Indian journal of veterinary science and animal husbandry - Volumes 26-27, 1956-1957
Year: 1956
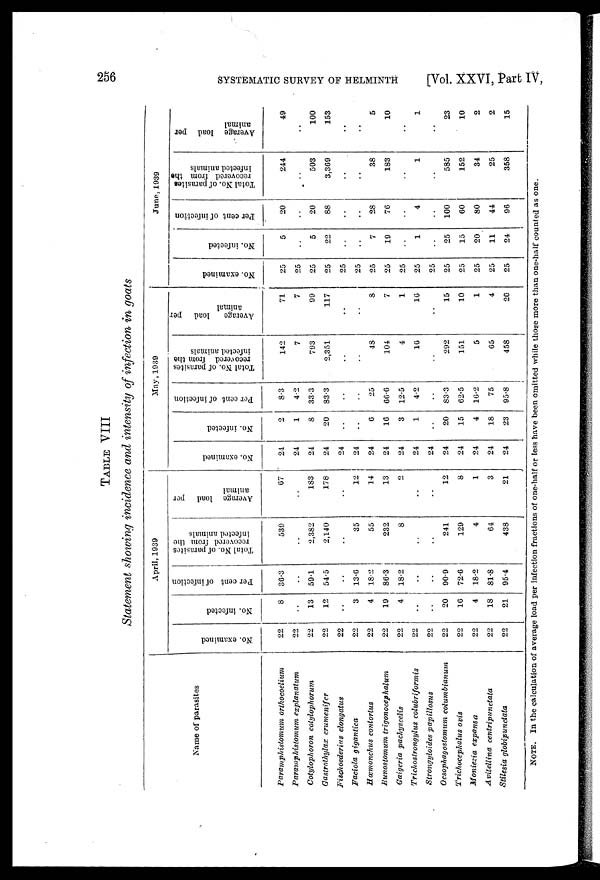
256 SYSTEMATIC SURVEY OF HELMINTH [Vol. XXVI, Part IV,
TABLE VIII
Statement showing incidence and intensity of infection in goats
Name of parasites
Paramphistomum
orthocoelium
Paramphistomum
explanatum
Cotylophoron
cotylophorum
Gastrothylax
crumenifer
Fischoederias
elongatus
Faciola
gigantica
Hœmonchus
contortus
Bunostomum
trigonocephalum
Gaigeria
pachyscelis
Trichostrongylus
colubriformis
Strongyloides
papillosus
Oesophagostomum
columbianum
Trichocephalus
ovis
Moniezia
expansa
Avitellina
centripunctata
Stilesia
globipunctata
April, 1939
No. examined
22
22
22
22
22
22
22
22
22
22
22
22
22
22
22
22
No. infected
8
..
13
12
..
3
4
19
4
..
..
20
10
4
18
21
Per cent of infection
36.3
..
59.1
54.5
..
13.6
18.2
86.3
18.2
..
..
90.9
72.6
18.2
81.8
95.4
Total No. of parasites
recovered from the
infected animals
539
..
2,382
2,140
..
35
55
232
8
..
..
241
129
4
64
438
Average load per
animal
67
..
183
178
..
12
14
13
2
..
..
12
8
1
3
21
May, 1939
No. examined
24
24
24
24
24
24
24
24
24
24
24
24
24
24
24
24
No. infected
2
1
8
20
..
..
6
16
3
1
..
20
15
4
18
23
Per cent of infection
8.3
4.2
33.3
83.3
..
..
25
66.6
12.5
4.2
..
83.3
62.5
16.2
75
95.8
Total No. of parasites
recovered from the
infected animals
142
7
793
2,351
..
..
48
104
4
16
..
292
151
5
65
458
Average
load per
animal
71
7
99
117
..
..
8
7
1
16
..
15
10
1
4
20
June, 1939
No. examined
25
25
25
25
25
25
25
25
25
25
25
25
25
25
25
25
No. infected
5
..
5
22
..
..
7
19
..
1
..
25
15
20
11
24
Per cent of infection
20
..
20
88
..
..
28
76
..
4
..
100
60
80
44
96
Total No. of parasites
recovered from the
infected animals
244
..
503
3,369
..
..
38
183
..
1
..
585
152
34
25
358
Average load per
animal
49
..
100
153
..
..
5
10
..
1
..
23
10
2
2
15
NOTE. In the calculation of average load per infection fractions of one-half or less have been omitted while those more than one-half counted as one.